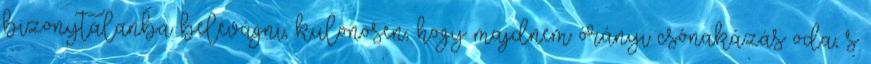
bizonytalanba belevágni, különösen, hogy majdnem órányi csónakázás oda, s